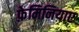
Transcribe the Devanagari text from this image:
फ़ेमिनियाए